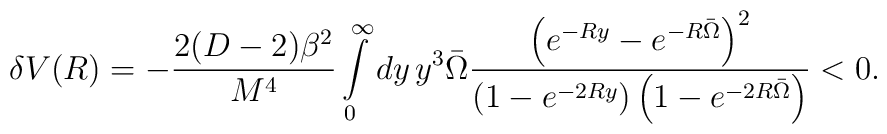
\delta V(R)=-\frac{2(D-2)\beta^2}{M^4}\int\limits_0^{\infty}dy \,y^3 \bar\Omega\frac{\left(e^{-R y}-e^{-R\bar\Omega}\right)^2}{\left(1-e^{-2 R y}\right)\left(1-e^{-2R\bar\Omega}\right)}<0.